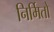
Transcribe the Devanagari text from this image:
निर्मितो